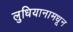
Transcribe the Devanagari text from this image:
लुधियानामधून